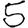
Digit: 5